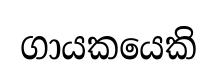
ගායකයෙකි